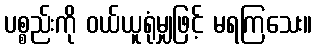
ပစ္စည်းကို ဝယ်ယူရုံမျှဖြင့် မရကြသေး။